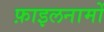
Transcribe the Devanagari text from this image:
फ़ाइलनामों